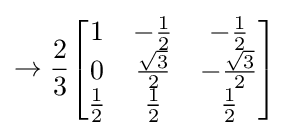
\to {\frac {2}{3}}{\begin{bmatrix}1&-{\frac {1}{2}}&-{\frac {1}{2}}\\0&{\frac {\sqrt {3}}{2}}&-{\frac {\sqrt {3}}{2}}\\{\frac {1}{2}}&{\frac {1}{2}}&{\frac {1}{2}}\end{bmatrix}}